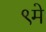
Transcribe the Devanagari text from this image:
९मे